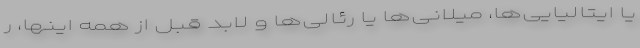
یا ایتالیایی‌ها، میلانی‌ها یا رئالی‌ها و لابد قبل از همه اینها، ر